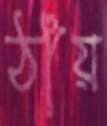
ঠাঁয়